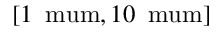
[ 1 \, \mathrm { \ m u m } , 1 0 \, \mathrm { \ m u m } ]